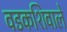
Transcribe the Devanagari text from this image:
वडकशिवाले